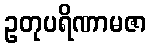
ဥတုပရိဏာမဇာ